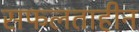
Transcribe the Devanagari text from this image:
सफलताहीन